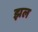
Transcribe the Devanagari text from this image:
झल